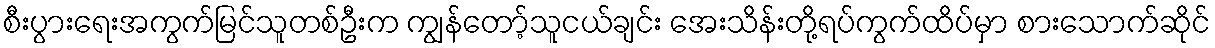
စီးပွားရေးအကွက်မြင်သူတစ်ဦးက ကျွန်တော့်သူငယ်ချင်း အေးသိန်းတို့ရပ်ကွက်ထိပ်မှာ စားသောက်ဆိုင်